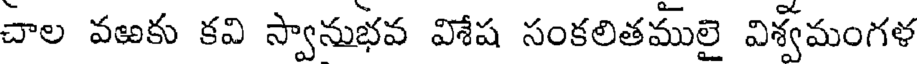
చాల వఱకు కవి స్వానుభవ విశేష సంకలితములై విశ్వమంగళ